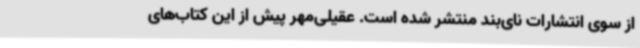
از سوی انتشارات نای‌بند منتشر شده است. عقیلی‌مهر پیش از این کتاب‌های